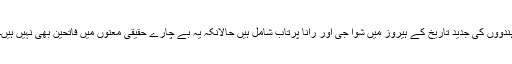
ہندووں کی جدید تاریخ کے ہیروز میں شوا جی اور رانا پرتاب شامل ہیں حالانکہ یہ بے چارے حقیقی معنوں میں فاتحین بھی نہیں ہیں۔